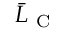
\bar { L } _ { \mathrm { ~ C ~ } }